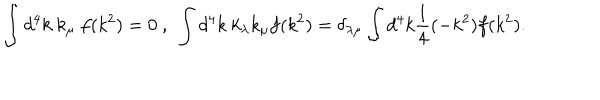
LaTeX: \int d ^ { 4 } k \ k _ { \mu } \ f ( k ^ { 2 } ) = 0 \ , \ \int d ^ { 4 } k \ k _ { \lambda } k _ { \mu } f ( k ^ { 2 } ) = \delta _ { \lambda \mu } \int d ^ { 4 } k \frac { 1 } { 4 } ( - k ^ { 2 } ) f ( k ^ { 2 } ) .